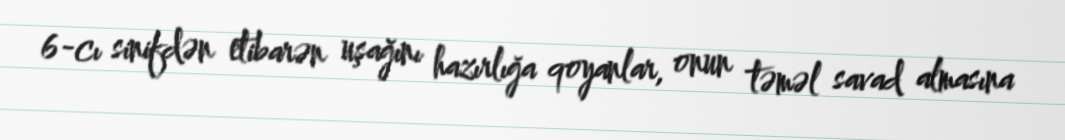
6-cı sinifdən etibarən uşağını hazırlığa qoyanlar, onun təməl savad almasına